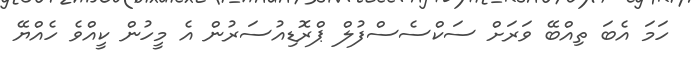
ހަމަ އެބަ ތިއްބޭ ވަރަށް ސަކްސެސްފުލް ޕްރޮޑިއުސަރުން އެ މީހުން ކީއްވެ ހެއްޔޭ